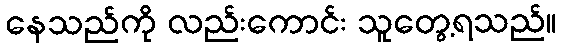
နေသည်ကို လည်းကောင်း သူတွေ့ရသည်။